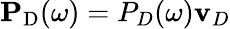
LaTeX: \mathbf{P}_{\mathrm{D}}(\omega)={P}_{D}(\omega)\mathbf{v}_{D}